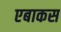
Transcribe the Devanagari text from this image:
एबाकस